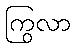
ကြွလာ